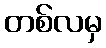
တစ်လမှ